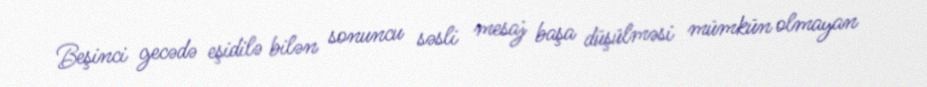
Beşinci gecədə eşidilə bilən sonuncu səsli mesaj başa düşülməsi mümkün olmayan